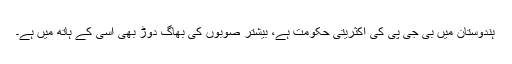
ہندوستان میں بی جی پی کی اکثریتی حکومت ہے، بیشتر صوبوں کی بھاگ دوڑ بھی اسی کے ہاتھ میں ہے۔